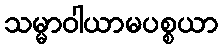
သမ္မာဝါယာမပစ္စယာ